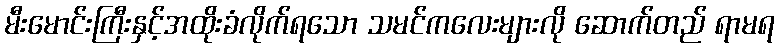
မီးမောင်းကြီးနှင့်အထိုးခံလိုက်ရသော သမင်ကလေးများလို ဆောက်တည် ရာမရ